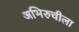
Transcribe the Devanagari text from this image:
अभिरुचीला